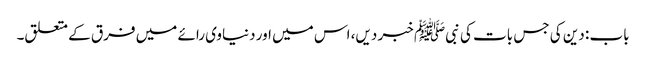
باب : دین کی جس بات کی نبیﷺ خبر دیں، اس میں اور دنیاوی رائے میں فرق کے متعلق۔